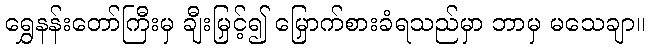
ရွှေနန်းတော်ကြီးမှ ချီးမြှင့်၍ မြှောက်စားခံရသည်မှာ ဘာမှ မသေချာ။